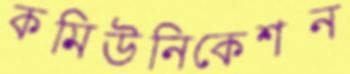
কমিউনিকেশন